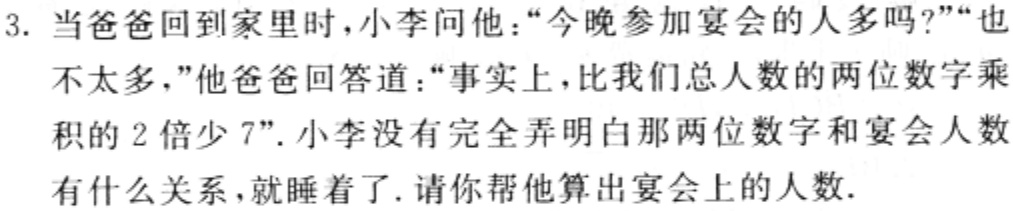
3. 当爸爸回到家里时，小李问他：“今晚参加宴会的人多吗？”“也

不太多，”他爸爸回答道：“事实上，比我们总人数的两位数字乘

积的 2 倍少 7”. 小李没有完全弄明白那两位数字和宴会人数

有什么关系，就睡着了. 请你帮他算出宴会上的人数.